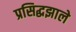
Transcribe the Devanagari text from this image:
प्रसिद्धझाले